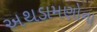
અથડામણોના